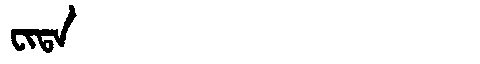
Manchu: ᠸᡳᡨᠠ
Romanization: FITA